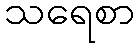
သရေစာ